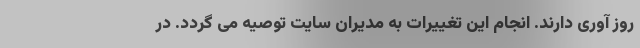
روز آوری دارند. انجام این تغییرات به مدیران سایت توصیه می گردد. در